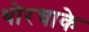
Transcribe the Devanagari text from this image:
थोरचाके